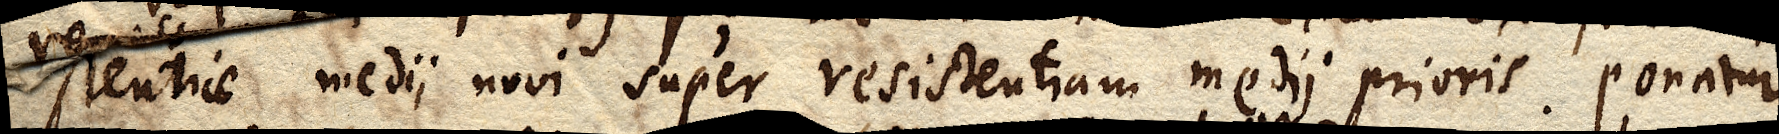
stentiae medii novi super resistentiam medii prioris. Ponatur